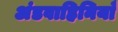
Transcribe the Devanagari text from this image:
अंडवाहिनियाँ